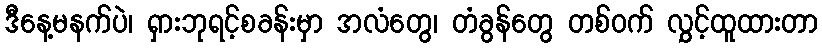
ဒီနေ့မနက်ပဲ၊ ရှားဘုရင့်စခန်းမှာ အလံတွေ၊ တံခွန်တွေ တစ်ဝက် လွှင့်ထူထားတာ